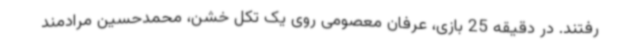
رفتند. در دقیقه 25 بازی، عرفان معصومی روی یک تکل خشن، محمدحسین مرادمند